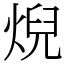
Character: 𤊓